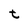
Character: t